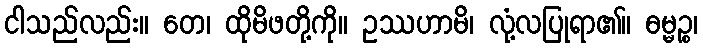
ငါသည်လည်း။ တေ၊ ထိုမိဖတို့ကို။ ဥဿဟာမိ၊ လုံ့လပြုရာ၏။ ဓမ္မဉ္စ၊